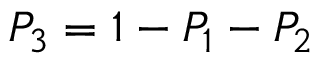
P _ { 3 } = 1 - P _ { 1 } - P _ { 2 }